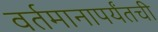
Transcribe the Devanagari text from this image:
वर्तमानापर्यंतची